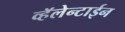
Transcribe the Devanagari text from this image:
व्हॅलेन्टाईन